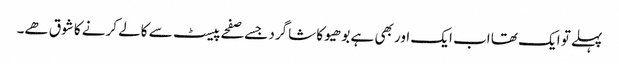
پہلے تو ایک تھا اب ایک اور بھی ہے بوھیو کا شاگرد جسے صفحے پیسٹ سے کالے کرنے کا شوق ھے۔